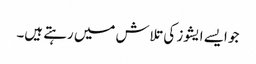
جو ایسے ایشوز کی تلاش میں رہتے ہیں۔